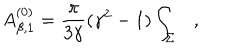
A _ { \beta , 1 } ^ { ( 0 ) } = { \frac { \pi } { 3 \gamma } } ( \gamma ^ { 2 } - 1 ) \int _ { \Sigma } ,